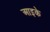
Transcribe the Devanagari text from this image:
आइके